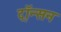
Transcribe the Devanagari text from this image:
ट्रॉन्सन